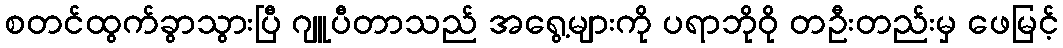
စတင်ထွက်ခွာသွားပြီ ဂျူပီတာသည် အရွေ့များကို ပရာဘိုဝို တဦးတည်းမှ ဖေမြင့်